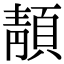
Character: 𩓨